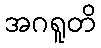
အဂရူတိ